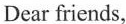
Dear friends，